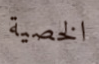
الخصية